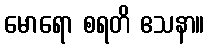
မောရော စရတိ ဧသနာ။